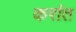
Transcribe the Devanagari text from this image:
करांत